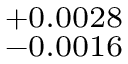
^ { + 0 . 0 0 2 8 } _ { - 0 . 0 0 1 6 }